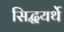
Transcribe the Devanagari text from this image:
सिद्धयर्थे